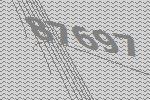
87697